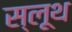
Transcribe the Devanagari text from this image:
स्लूथ